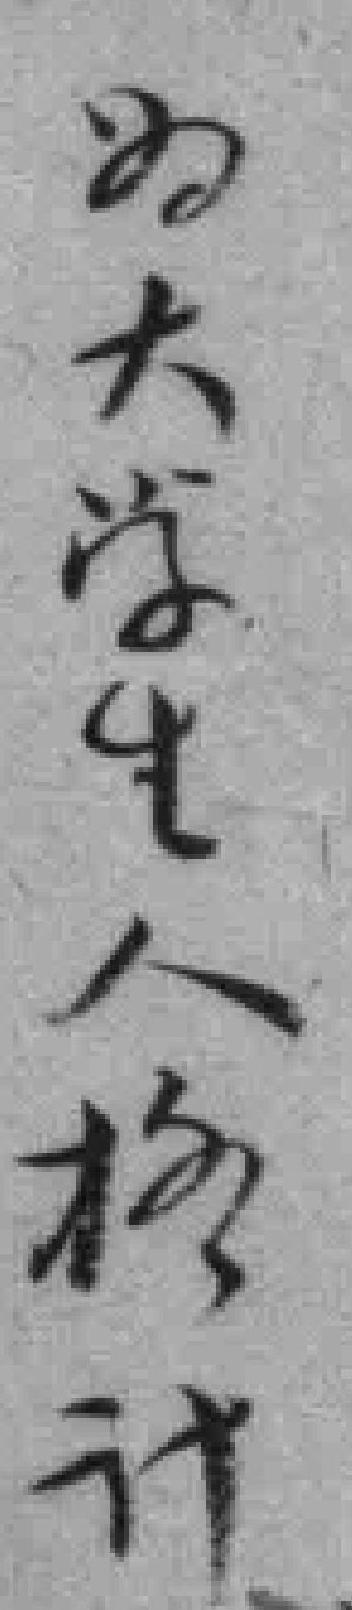
为大学生人格计